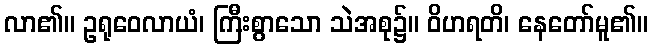
လာ၏။ ဥရုဝေလာယံ၊ ကြီးစွာသော သဲအစု၌။ ဝိဟရတိ၊ နေတော်မူ၏။